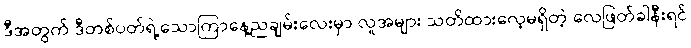
ဒီအတွက် ဒီတစ်ပတ်ရဲ့သောကြာနေ့ညချမ်းလေးမှာ လူအများ သတိထားလေ့မရှိတဲ့ လေဖြတ်ခါနီးရင်